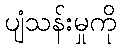
ပျံသန်းမှုကို